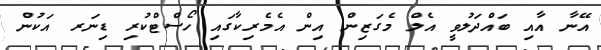
އޭނާ އާއި ބައްދަލުވީ އެލް މެގަޒިން އިން އެމެރިކާގައި ހޯސްޓްކުރި ޑިނަރ އަކުން